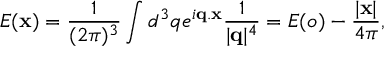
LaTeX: E ( { \bf x } ) = \frac { 1 } { ( 2 \pi ) ^ { 3 } } \int d ^ { 3 } q e ^ { i { \bf q . x } } \frac { 1 } { | { \bf q } | ^ { 4 } } = E ( o ) - \frac { | { \bf x } | } { 4 \pi } ,